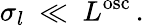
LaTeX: \sigma_{l}\ \ll\ L^{\mathrm{osc}}\, .